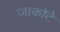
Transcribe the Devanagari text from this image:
जाकोटे